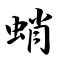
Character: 蛸